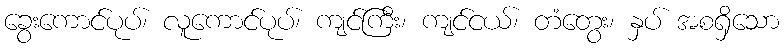
ခွေးကောင်ပုပ်၊ လူကောင်ပုပ်၊ ကျင်ကြီး၊ ကျင်ငယ်၊ တံတွေး၊ နှပ် အစရှိသော